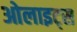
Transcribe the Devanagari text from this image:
ओलाइट्स